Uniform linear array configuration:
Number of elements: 24
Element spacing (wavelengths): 1
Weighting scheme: hamming
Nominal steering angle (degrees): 60
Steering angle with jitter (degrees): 59.96
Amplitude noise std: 0.05
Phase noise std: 0.05

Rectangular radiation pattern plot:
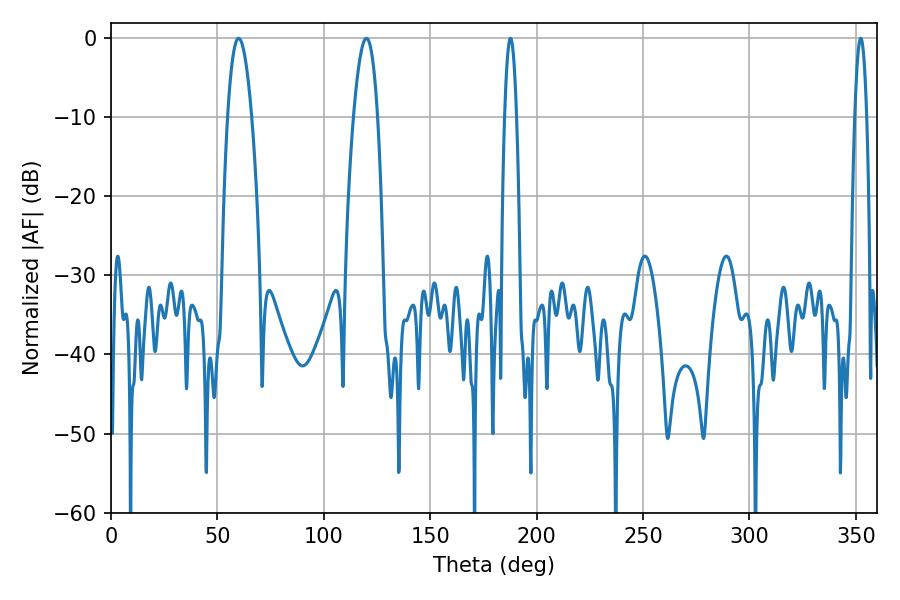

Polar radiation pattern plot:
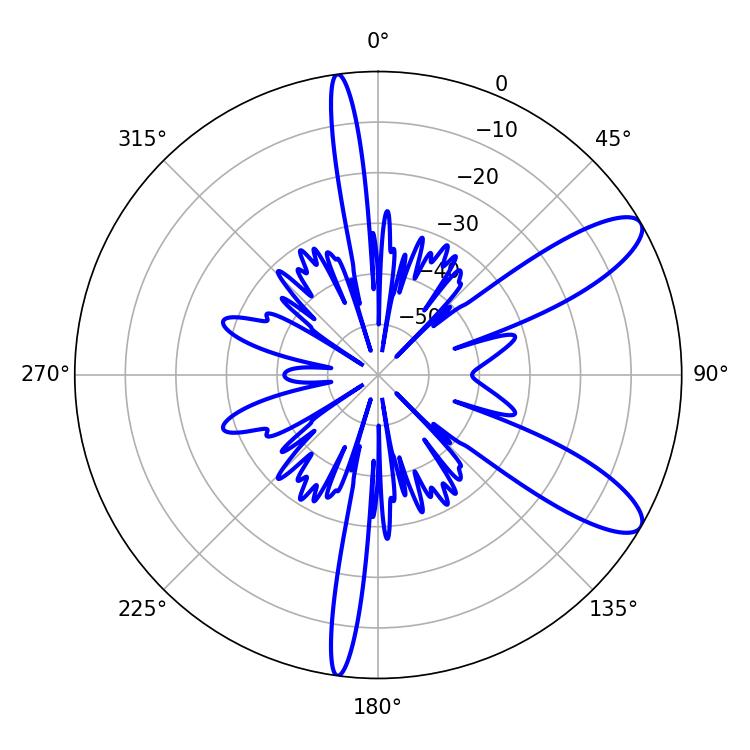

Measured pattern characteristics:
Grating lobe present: TRUE
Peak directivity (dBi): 10.289
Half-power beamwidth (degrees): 6.12
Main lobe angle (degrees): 59.94